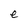
Character: e